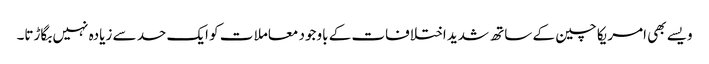
ویسے بھی امریکا چین کے ساتھ شدید اختلافات کے باوجود معاملا ت کو ایک حد سے زیادہ نہیں بگاڑتا۔